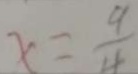
x = \frac { 9 } { 4 }